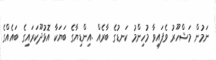
ނަމުން މަޝްހޫރު ވެފައިވާ މުހިންމު ކަނޑުގެ ބާރެއް .އިންޑިޔާގެ ބަޔަކާ އޮޅުދޫކަރައިގެ ބައެއްގެ